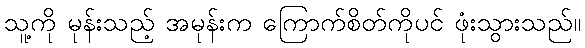
သူ့ကို မုန်းသည့် အမုန်းက ကြောက်စိတ်ကိုပင် ဖုံးသွားသည်။